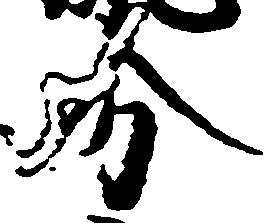
分